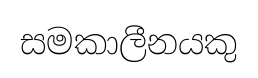
සමකාලීනයකු